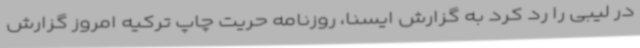
در لیبی را رد کرد به گزارش ایسنا، روزنامه حریت چاپ ترکیه امروز گزارش